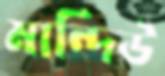
মান্দিউ